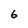
Character: 6